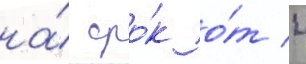
на́ сро́к о́т 4